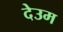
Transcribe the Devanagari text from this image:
देउम